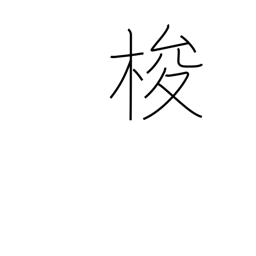
Meaning: shuttle